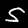
Label: 5